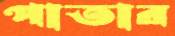
পাতার